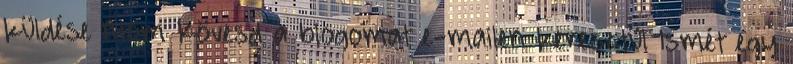
küldése Atom Kövesd a blogomat e-mailen keresztül Ismét egy